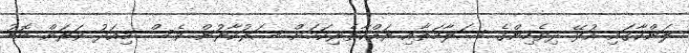
ލަންކާގައި އުޅޭ ދިވެހިންގެ ސަލާމަތާއި ރައްކާތެރިކަމަށް ސަރުކާރުން ވެސް މިއަދު ވަރަށް ބޮޑު